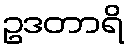
ဥဒတာရိ